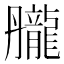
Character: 𪚘